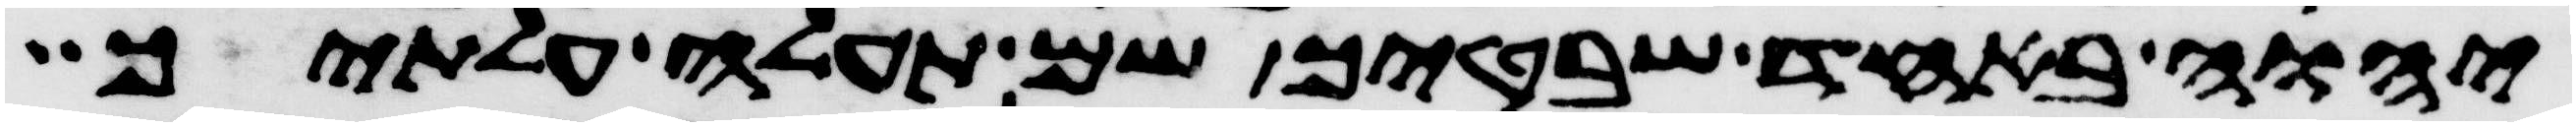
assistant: יהוה באחד שבטיך שם תעלה עלתיך